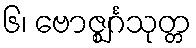
၆၊ ဗောဇ္ဈင်္ဂသုတ္တ